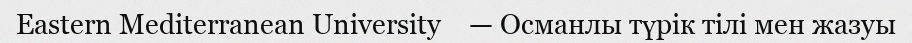
Eastern Mediterranean University    — Османлы түрік тілі мен жазуы